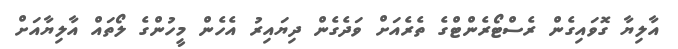
އާލިޔާ ގޮވައިގެން ރެސްޓޯރެންޓްގެ ތެރެއަށް ވަދެގެން ދިޔައިރު އެހެން މީހުންގެ ލޯތައް އާލިޔާއަށް